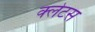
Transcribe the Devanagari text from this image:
क्लेटस